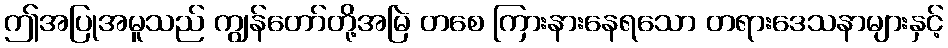
ဤအပြုအမူသည် ကျွန်တော်တို့အမြဲ တစေ ကြားနားနေရသော တရားဒေသနာများနှင့်